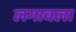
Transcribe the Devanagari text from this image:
लगावला